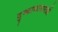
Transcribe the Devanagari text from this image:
दुष्काळासारखी